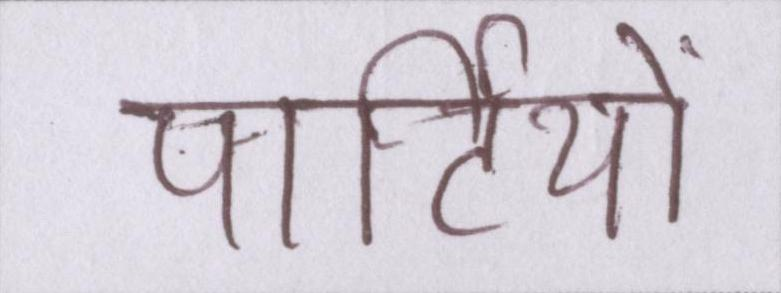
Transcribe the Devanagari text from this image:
पार्टियों